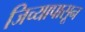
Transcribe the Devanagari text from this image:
जिच्यापासून